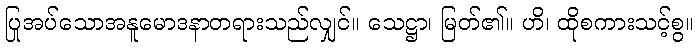
ပြုအပ်သောအနူမောဒနာတရားသည်လျှင်။ သေဋ္ဌာ၊ မြတ်၏။ ဟိ၊ ထိုစကားသင့်စွ။